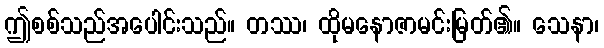
ဤစစ်သည်အပေါင်းသည်။ တဿ၊ ထိုမနောဇာမင်းမြတ်၏။ သေနာ၊